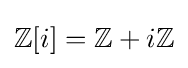
\mathbb {Z} [i]=\mathbb {Z} +i\mathbb {Z}